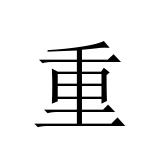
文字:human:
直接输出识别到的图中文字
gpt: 重